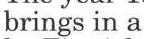
brings in a